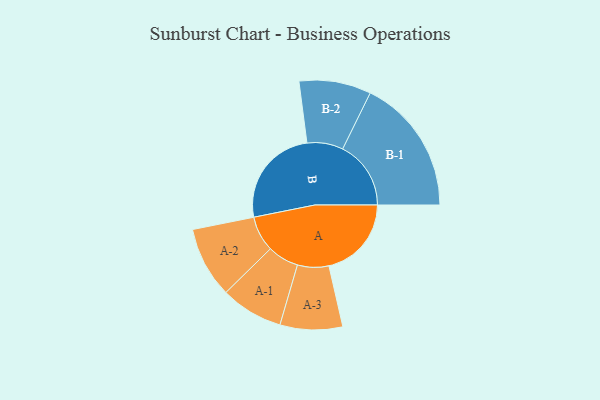
{"axis": {"x": "Segment", "y": "Value"}, "legend": ["", "A", "B"], "data": [{"x": "A", "y": 330, "type": ""}, {"x": "B", "y": 402, "type": ""}, {"x": "A-1", "y": 125, "type": "A"}, {"x": "A-2", "y": 142, "type": "A"}, {"x": "A-3", "y": 125, "type": "A"}, {"x": "B-1", "y": 273, "type": "B"}, {"x": "B-2", "y": 144, "type": "B"}]}